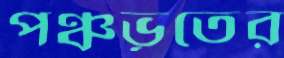
পঞ্চভূতের